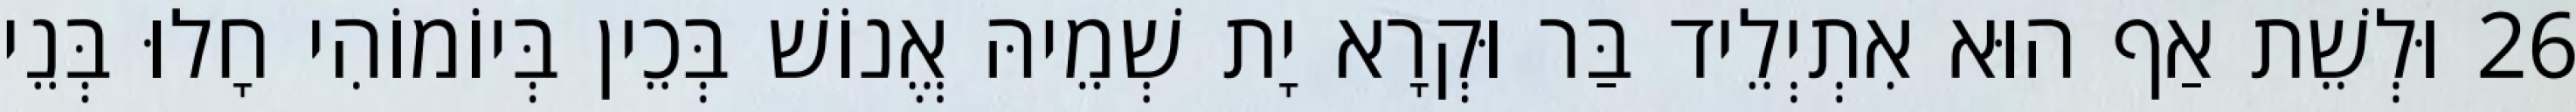
26 וּלְשֵׁת אַף הוּא אִתְיְלֵיד בַּר וּקְרָא יָת שְׁמֵיהּ אֱנוֹשׁ בְּכֵין בְּיוֹמוֹהִי חָלוּ בְּנֵי